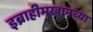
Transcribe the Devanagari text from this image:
इब्राहीमखानच्या